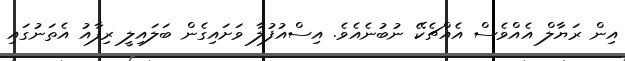
އިން ރަޔާލް އެއްވެސް އެއްޗެކޭ ނުބުނެއެވެ. އިސްއުފުލާ ވަށައިގެން ބަލައިލީ ރިފާއު އެތަނުގައި